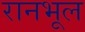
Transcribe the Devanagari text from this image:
रानभूल